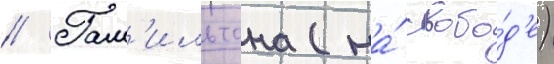
// Гам'ильтона (на́ свобо́д'е)